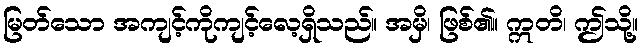
မြတ်သော အကျင့်ကိုကျင့်လေ့ရှိသည်။ အမှိ၊ ဖြစ်၏။ ဣတိ၊ ဤသို့။